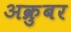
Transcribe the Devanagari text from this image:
अक्रुबर